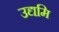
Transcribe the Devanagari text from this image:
उद्यमि